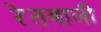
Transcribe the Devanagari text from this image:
रेतवाली